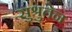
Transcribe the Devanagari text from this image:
सुश्रुतेन